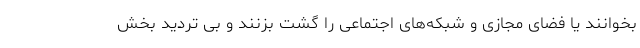
بخوانند یا فضای مجازی و شبکه‌های اجتماعی را گشت بزنند و بی تردید بخش